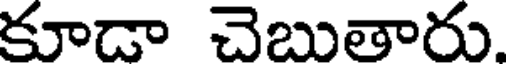
కూడా చెబుతారు.